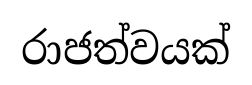
රාජත්වයක්